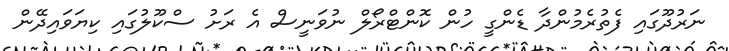
ނަރުދޫގައި ފެތުރެމުންދާ ޑެންގީ ހުން ކޮންޓްރޯލް ނުވަނީސް އެ ރަށު ސްކޫލުގައި ކިޔަވައިދޭން